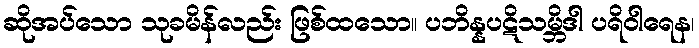
ဆိုအပ်သော သုခမိန်လည်း ဖြစ်ထသော။ ပဘိန္နပဋိသမ္ဘိဒါ ပရိဝါရေန၊